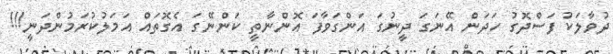
ދުވާލަކު ފަސްދޮގު ހަދަން އޭނަގަ ދީނުގަ އަންގަވާފަ އޮންނާތީ ކަންނޭގަ އެގޮތައް އަމަލުކުރަމުންދަނީ!!!